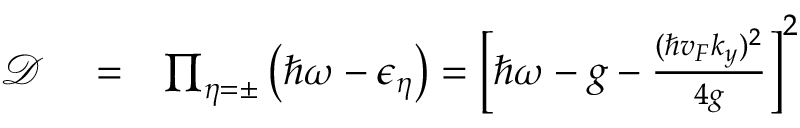
\begin{array} { r l r } { \mathcal { D } } & { { } = } & { \prod _ { \eta = \pm } \left( \hbar \omega - \epsilon _ { \eta } \right) = \left[ \hbar \omega - g - \frac { ( \hbar v _ { F } k _ { y } ) ^ { 2 } } { 4 g } \right] ^ { 2 } } \end{array}